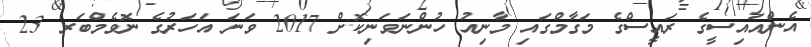
އެންއައިސީގެ ރައީސްގެ މަގާމްގައި މާނިއު ހުންނަވަނިކޮށް 2017 ވަނަ އަހަރުގެ ނޮވެމްބަރ 23